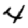
Digit: 4